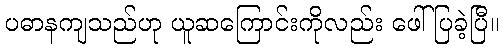
ပဓာနကျသည်ဟု ယူဆကြောင်းကိုလည်း ဖေါ်ပြခဲ့ပြီ။